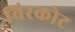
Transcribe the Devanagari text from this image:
विरकोट